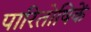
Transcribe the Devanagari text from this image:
पारितोषिकें